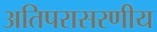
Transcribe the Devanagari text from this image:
अतिपरासरणीय